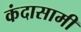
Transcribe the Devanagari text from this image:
कंदासामी